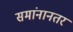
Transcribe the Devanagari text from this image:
समांनानतर